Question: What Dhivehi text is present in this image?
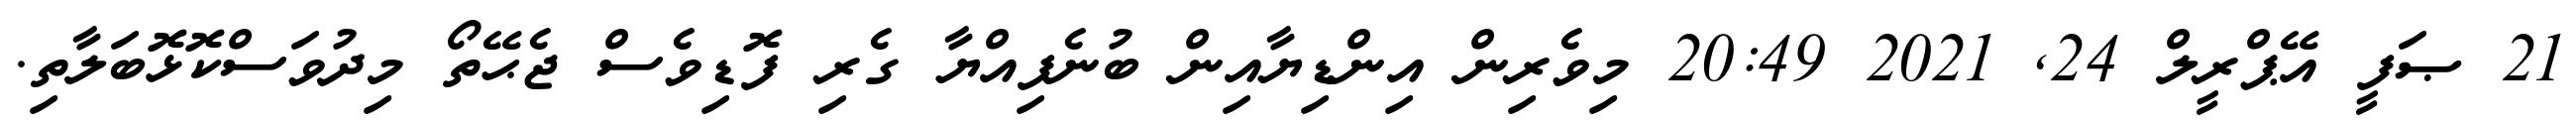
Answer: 21 ޞަފީ އޭޕްރީލް 24, 2021 20:49 މިވެރިން އިންޑިޔާއިން ބުނެފިއްޔާ ގެރި ފޮޑިވެސް ޖެޙޭތޯ މިދުވަސްކޮޅޮބަލާތި.